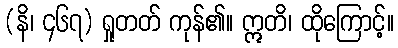
(နိ၊ ၄၆၇) ရှုတတ် ကုန်၏။ ဣတိ၊ ထိုကြောင့်။